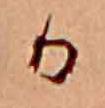
か